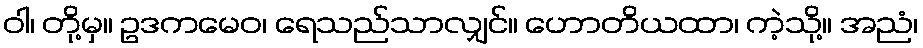
ဝါ၊ တို့မှ။ ဥဒကမေဝ၊ ရေသည်သာလျှင်။ ဟောတိယထာ၊ ကဲ့သို့။ အညံ၊